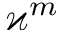
\varkappa ^ { m }